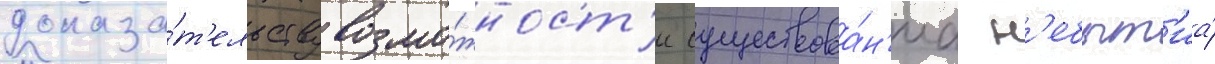
доказа́т'ельству возмо́жност'и существова́н'иа н'ебыт'иа́